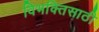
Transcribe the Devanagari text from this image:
विभक्तिसाठी